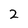
Character: 2